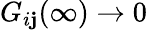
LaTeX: G_{i\mathbf{j}}(\infty)\rightarrow0